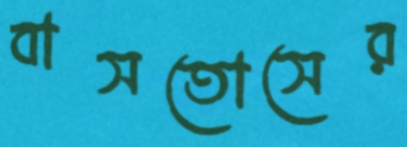
বাসতোসের